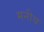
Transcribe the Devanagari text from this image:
मनीय